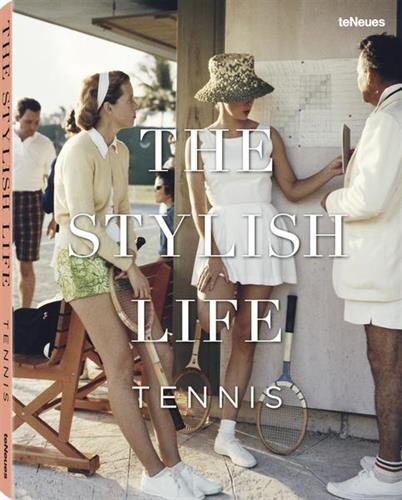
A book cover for The Stylish Life: Tennis; Ben Rothenberg; Arts & Photography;